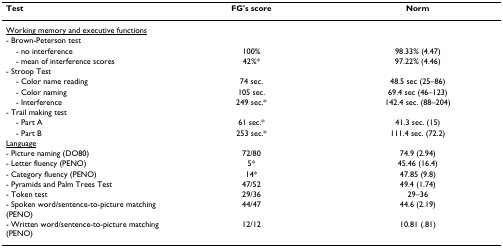
| Test | FG's score | Norm |
 | --- | --- | --- |
 | <underline>Working memory and executive functions</underline> |  |  |
 | - Brown-Peterson test |  |  |
 | - no interference | 100% | 98.33% (4.47) |
 | - mean of interference scores | 42%* | 97.22% (4.46) |
 | - Stroop Test |  |  |
 | - Color name reading | 74 sec. | 48.5 sec (25–86) |
 | - Color naming | 105 sec. | 69.4 sec (46–123) |
 | - Interference | 249 sec.* | 142.4 sec. (88–204) |
 | - Trail making test |  |  |
 | - Part A | 61 sec.* | 41.3 sec. (15) |
 | - Part B | 253 sec.* | 111.4 sec. (72.2) |
 | <underline>Language</underline> |  |  |
 | - Picture naming (DO80) | 72/80 | 74.9 (2.94) |
 | - Letter fluency (PENO) | 5* | 45.46 (16.4) |
 | - Category fluency (PENO) | 14* | 47.85 (9.8) |
 | - Pyramids and Palm Trees Test | 47/52 | 49.4 (1.74) |
 | - Token test | 29/36 | 29–36 |
 | - Spoken word/sentence-to-picture matching (PENO) | 44/47 | 44.6 (2.19) |
 | - Written word/sentence-to-picture matching (PENO) | 12/12 | 10.81 (.81) |